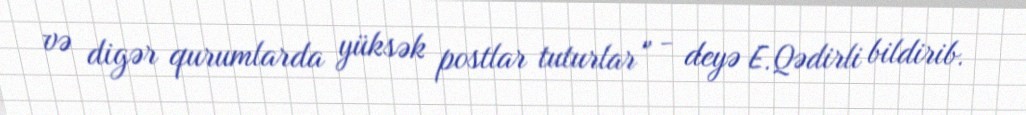
və digər qurumlarda yüksək postlar tuturlar” - deyə E.Qədirli bildirib.